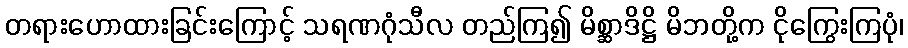
တရားဟောထားခြင်းကြောင့် သရဏဂုံသီလ တည်ကြ၍ မိစ္ဆာဒိဋ္ဌိ မိဘတို့က ငိုကြွေးကြပုံ၊